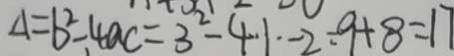
\Delta = b ^ { 2 } - 4 a c = 3 ^ { 2 } - 4 . 1 - 2 = 9 + 8 = 1 7